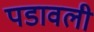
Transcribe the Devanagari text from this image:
पडावली